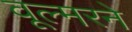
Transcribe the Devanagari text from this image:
वूल्मरने